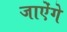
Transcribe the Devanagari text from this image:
जाऐंगे